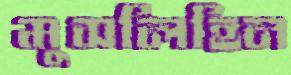
মুসলিহিন